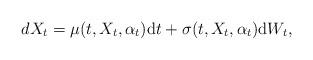
LaTeX: \begin{align*} dX_t = \mu(t, X_t, \alpha_t)\mathrm dt + \sigma(t, X_t, \alpha_t) \mathrm dW_t,\end{align*}